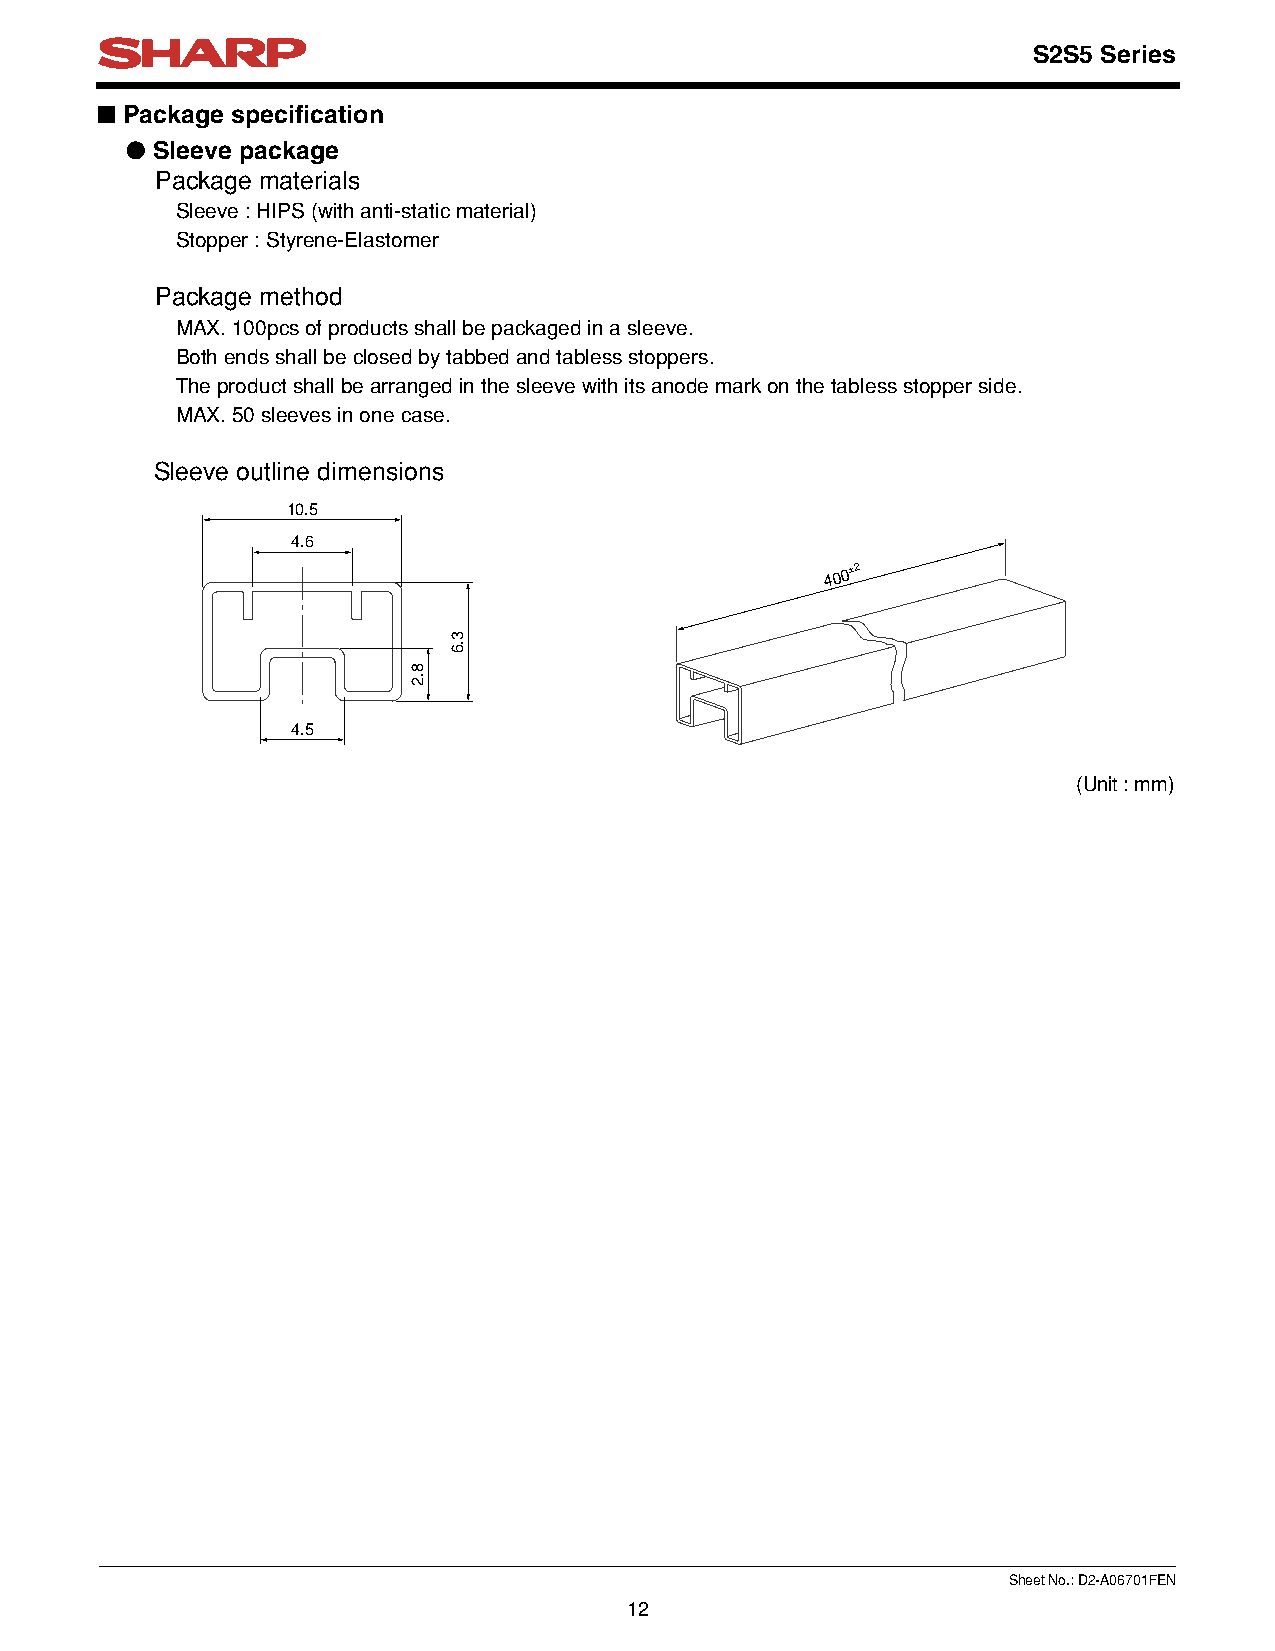
S2S5 Series
 ■ Package specification
 ● Sleeve package
 Package materials
 Sleeve : HIPS (with anti-static material)
 Stopper : Styrene-Elastomer
 Package method
 MAX. 100pcs of products shall be packaged in a sleeve.
 Both ends shall be closed by tabbed and tabless stoppers.
 The product shall be arranged in the sleeve with its anode mark on the tabless stopper side.
 MAX. 50 sleeves in one case.
 Sleeve outline dimensions
 10.5
 4.6
 400±2
 4.5
 (Unit : mm)
 Sheet No.: D2-A06701FEN
 12
 8.2
 3.6